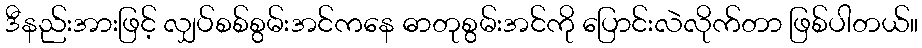
ဒီနည်းအားဖြင့် လျှပ်စစ်စွမ်းအင်ကနေ ဓာတုစွမ်းအင်ကို ပြောင်းလဲလိုက်တာ ဖြစ်ပါတယ်။